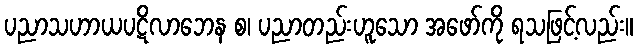
ပညာသဟာယပဋိလာဘေန စ၊ ပညာတည်းဟူသော အဖော်ကို ရသဖြင့်လည်း။